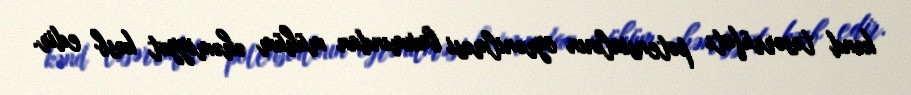
kənd təsərrüfatı potensialının öyrənilməsi baxımından mühüm əhəmiyyət kəsb edir.